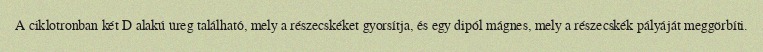
A ciklotronban két D alakú üreg található, mely a részecskéket gyorsítja, és egy dipól mágnes, mely a részecskék pályáját meggörbíti.